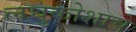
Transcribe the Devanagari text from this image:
लघुकोशाचे